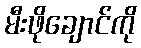
မီးဖိုချောင်ကို